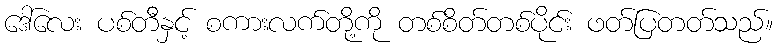
ဒေါ်လေး ပစ်တီနှင့် စကားလက်တို့ကို တစ်စိတ်တစ်ပိုင်း ဖတ်ပြတတ်သည်။